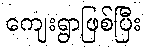
ကျေးရွာဖြစ်ပြီး